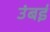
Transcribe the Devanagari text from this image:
उंबई